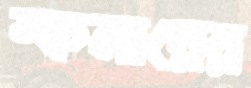
স্কলারের